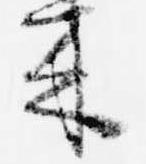
来